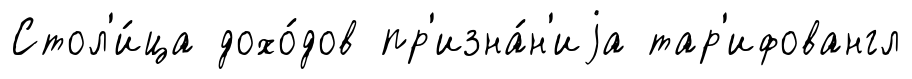
Стол'и́ца дохо́дов пр'изна́н'иjа тар'ифовангл